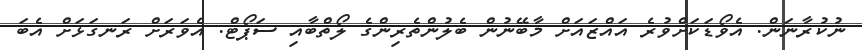
ނުކުރާނަން. އެވޯޑަކަށްވުރެ އައްޒައަށް މާބޭނުން ބެލުންތެރިންގެ ލޯތްބާއި ސަޕޯޓް. އެވަރަށް ރަނގަޅަށް އެބަ